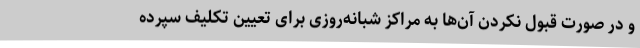
و در صورت قبول نکردن آن‌ها به مراکز شبانه‌روزی برای تعیین تکلیف سپرده